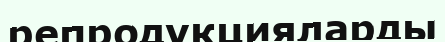
репродукцияларды